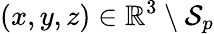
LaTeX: (x,y,z)\in\mathbb{R}^{3}\setminus\mathcal{S}_{p}